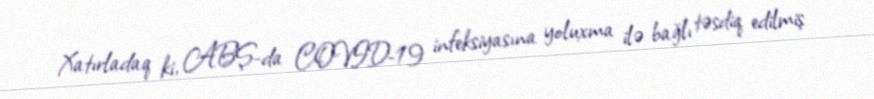
Xatırladaq ki, ABŞ-da COVID-19 infeksiyasına yoluxma ilə bağlı təsdiq edilmiş